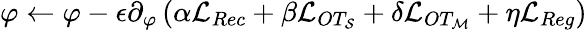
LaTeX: \varphi\leftarrow\varphi-\epsilon\partial_{\varphi}\left(\alpha\mathcal{L}_{Rec}+\beta\mathcal{L}_{OT_{\mathcal{S}}}+\delta\mathcal{L}_{OT_{\mathcal{M}}}+\eta\mathcal{L}_{Reg}\right)